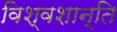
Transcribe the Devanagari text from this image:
विश्वशान्ति